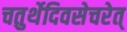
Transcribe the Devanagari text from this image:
चतुर्थेदिवसेचरेत्